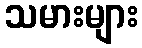
သမားများ